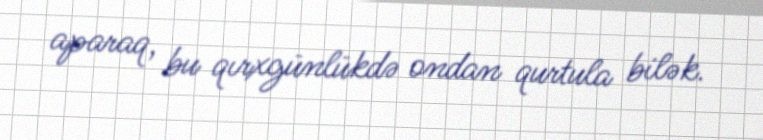
aparaq, bu qırxgünlükdə ondan qurtula bilək.